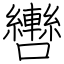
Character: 轡